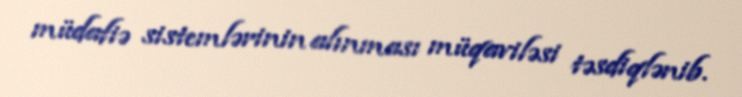
müdafiə sistemlərinin alınması müqaviləsi təsdiqlənib.